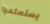
يستسلموا